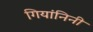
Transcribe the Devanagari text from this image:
गियांनिनी